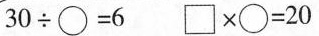
$$3 0 \div \circ = 6$$ $$\Box \times \circ = 2 0$$